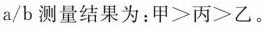
a/b测量结果为：$$甲 > 丙> 乙$$。